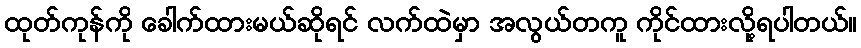
ထုတ်ကုန်ကို ခေါက်ထားမယ်ဆိုရင် လက်ထဲမှာ အလွယ်တကူ ကိုင်ထားလို့ရပါတယ်။